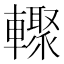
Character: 𲄾